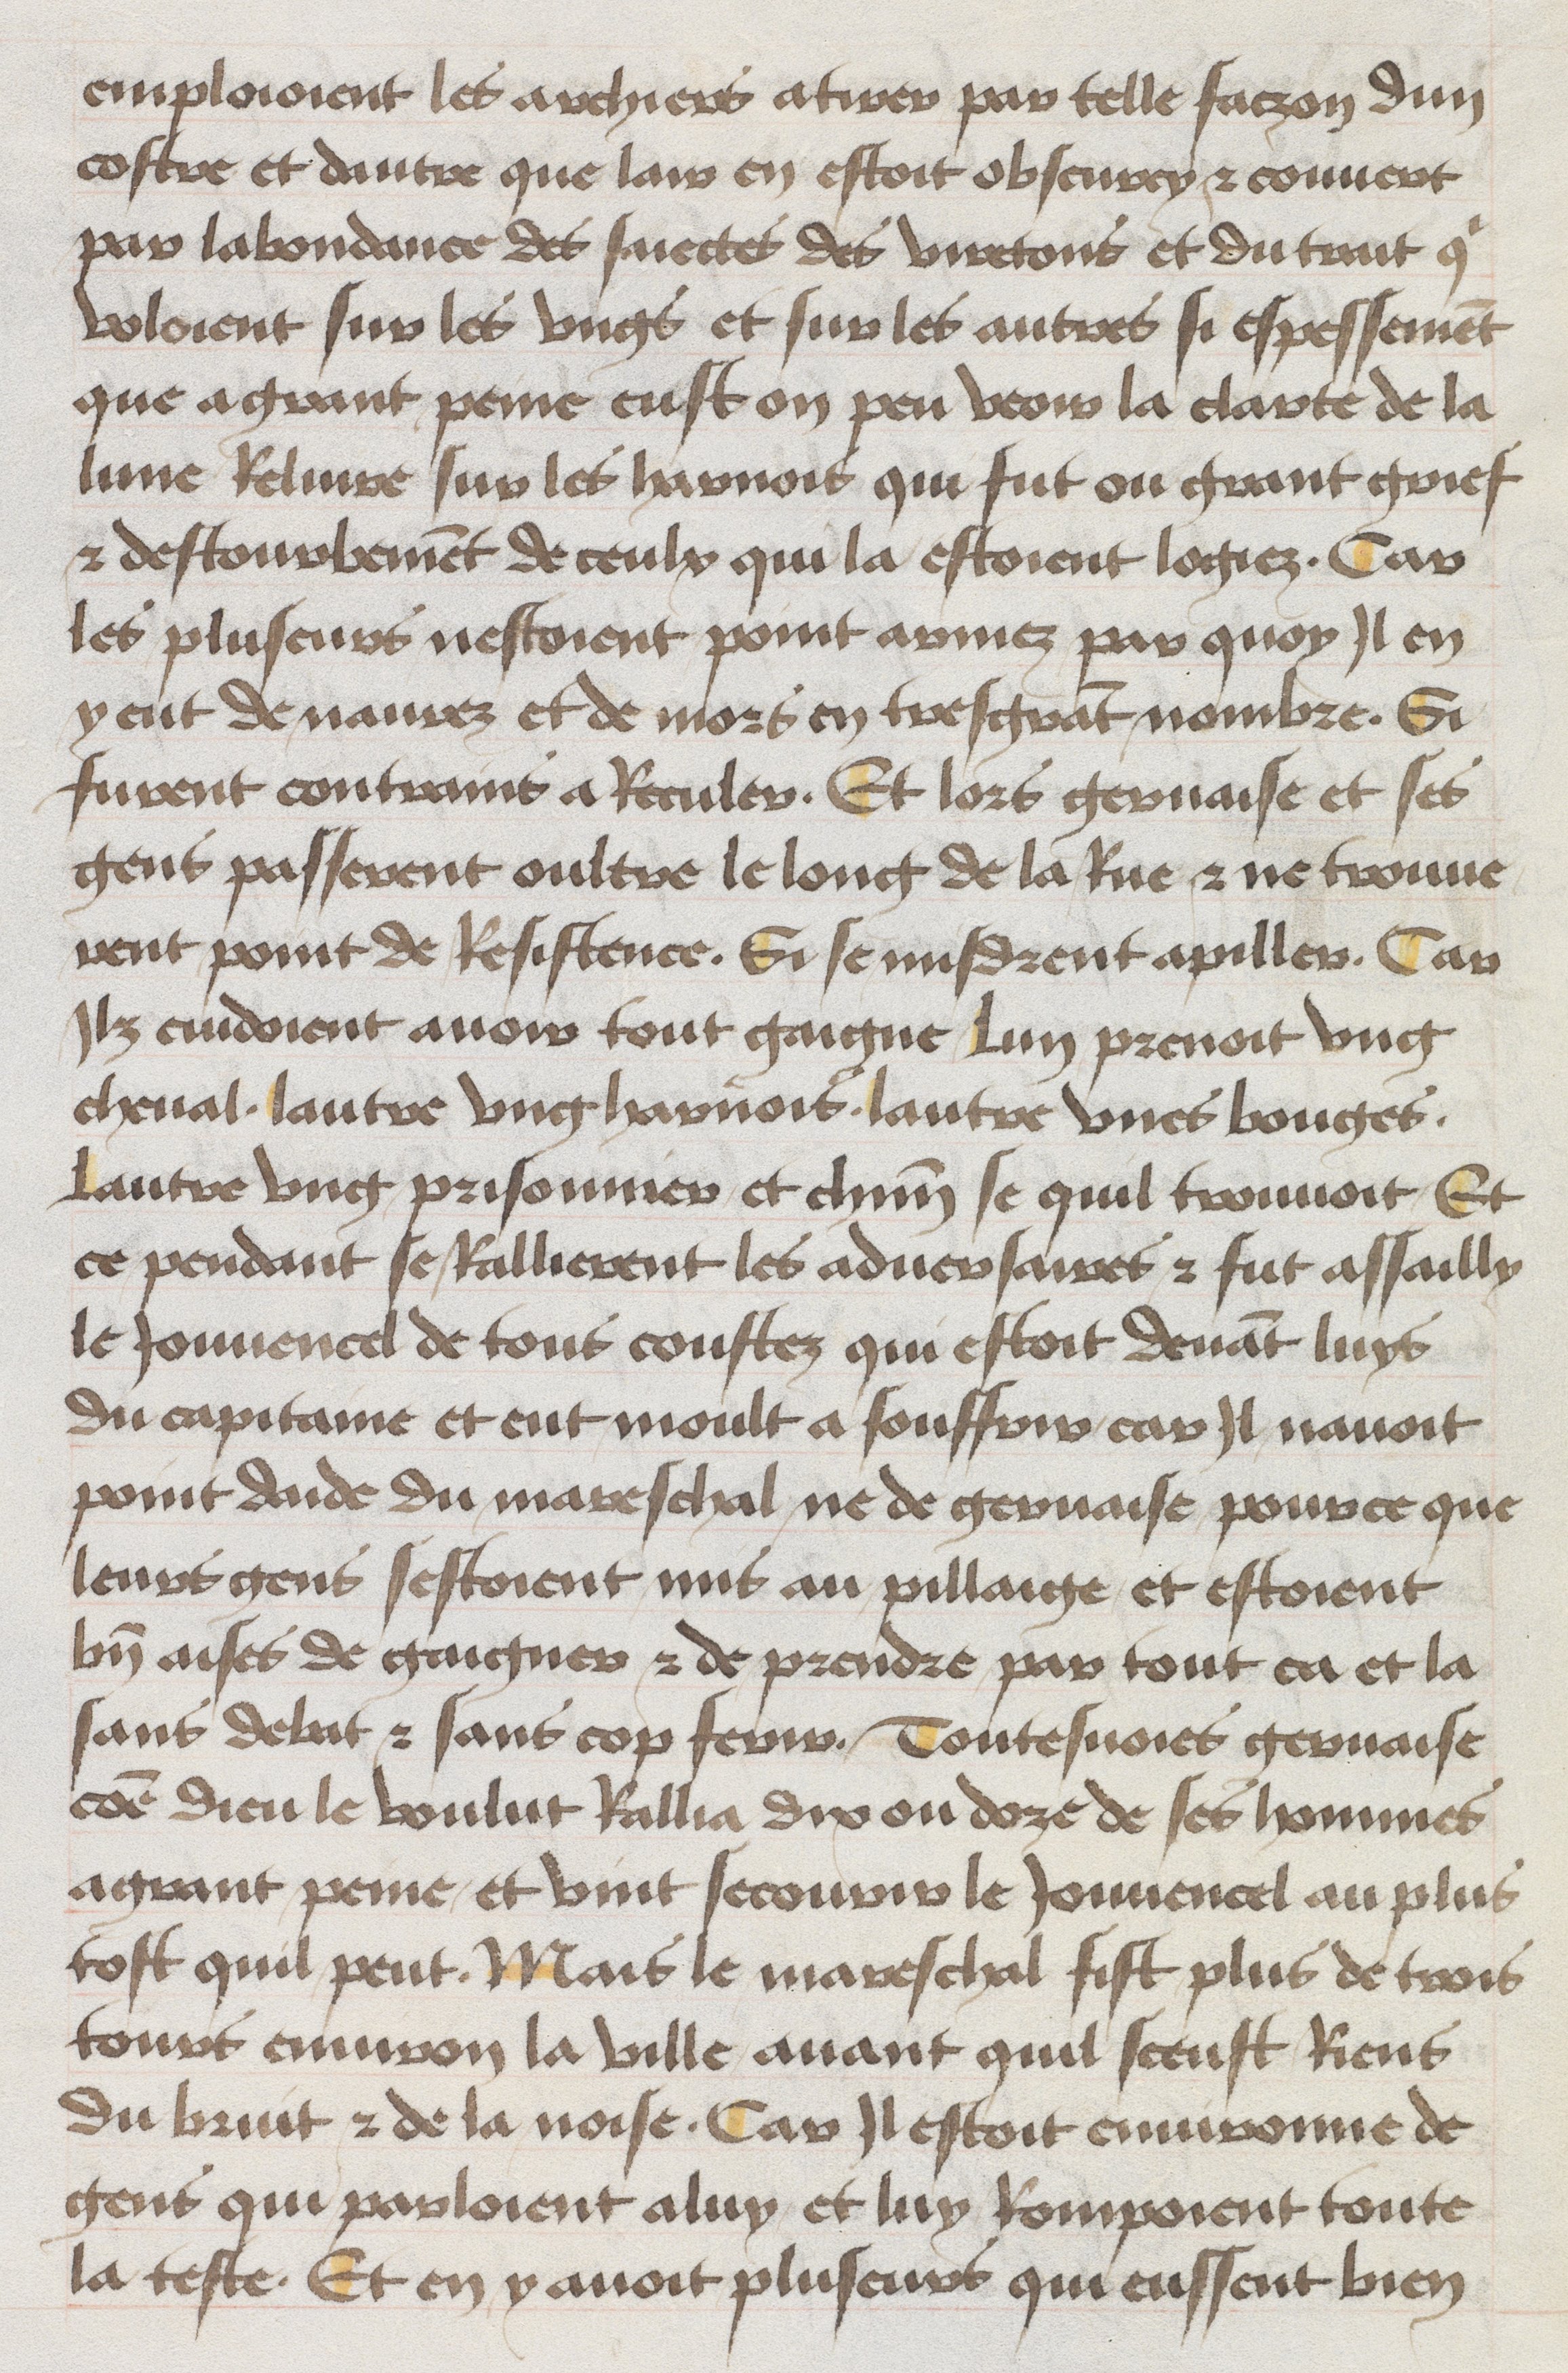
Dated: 1465–1480